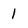
Character: 1